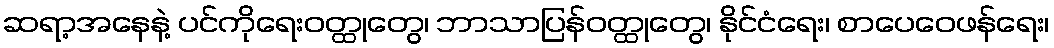
ဆရာ့အနေနဲ့ ပင်ကိုရေးဝတ္ထုတွေ၊ ဘာသာပြန်ဝတ္ထုတွေ၊ နိုင်ငံရေး၊ စာပေဝေဖန်ရေး၊